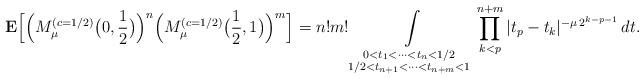
LaTeX: \begin{align*}{\bf E}\Bigl[\Bigl(M_\mu^{(c=1/2)}\bigl(0,\frac{1}{2}\bigr)\Bigr)^{n}\Bigl( M_\mu^{(c=1/2)}\bigl(\frac{1}{2}, 1\bigr)\Bigr)^{m}\Bigr] = n!m! \int\limits_{\substack{0<t_1<\cdots<t_{n}<1/2\\1/2<t_{n+1}<\cdots<t_{n+m}<1 }} \prod\limits_{k<p}^{n+m}|t_p-t_k|^{-\mu\,2^{k-p-1}}\,dt.\end{align*}